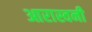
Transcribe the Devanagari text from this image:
आरास्वनी